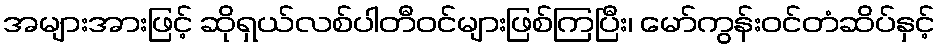
အများအားဖြင့် ဆိုရှယ်လစ်ပါတီဝင်များဖြစ်ကြပြီး၊ မော်ကွန်းဝင်တံဆိပ်နှင့်